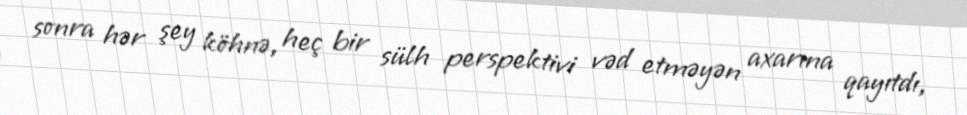
sonra hər şey köhnə, heç bir sülh perspektivi vəd etməyən axarına qayıtdı,